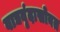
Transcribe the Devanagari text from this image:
वाद्यवृंदासोबत